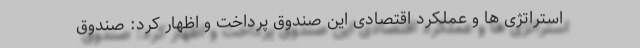
استراتژی ها و عملکرد اقتصادی این صندوق پرداخت و اظهار کرد: صندوق